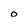
Character: O